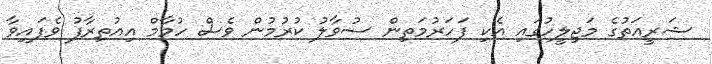
ޝަރީއަތުގެ މަޖިލީހުގައި އެކި ފަހަރުމަތިން ސުވާލު ކުރުމުން ވެސް ހުމާމް އިއުތިރާފު ވެފައިވާ